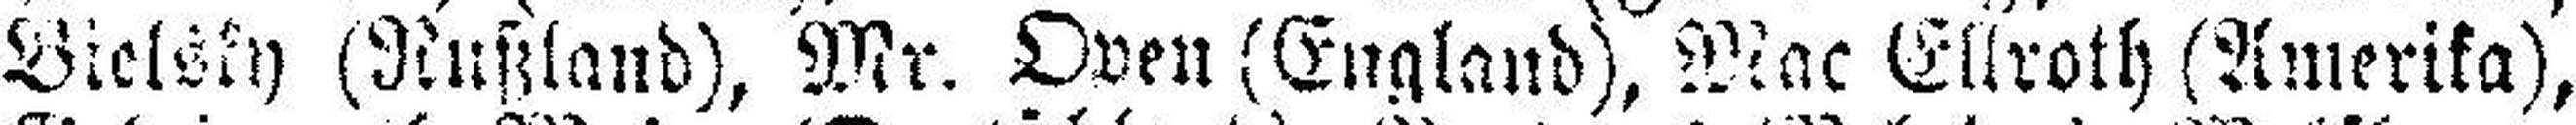
Bielsky (Rußland), Mr. Oven (England), Mac Ellroth (Amerika),